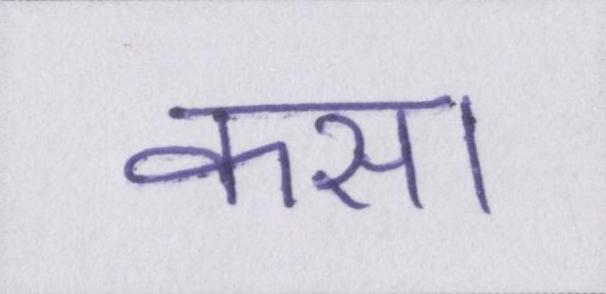
कसा